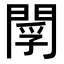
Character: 𨴫